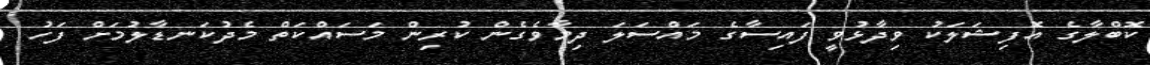
ކޮބްލާގެ އޮފިޝަލަކު ވިދާޅުވީ ފައިސާގެ މައްސަލަ ދިމާވެގެން ކުރިން މަސައްކަތް މެދުކަނޑާލުމަށް ފަހު